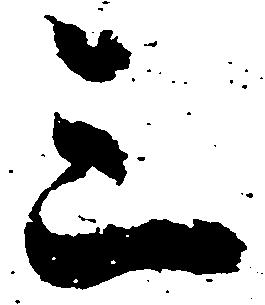
三